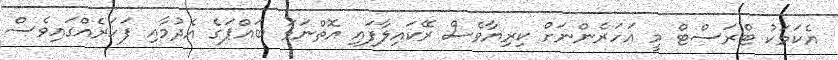
އެކަމަކު ޓްރަސްޓް މީ އަހަރެންނަށް ކިރިޔާވެސް ރޭކައިލާފައި އޮތްނަމަ ބައްޕަގެ އެދުމާއި ފަހަރެއްގައިވެސް